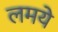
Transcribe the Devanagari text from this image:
लमये